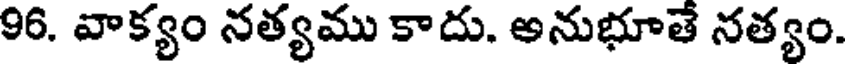
96. వాక్యం నత్యము కాదు. అనుభూతే నత్యం.